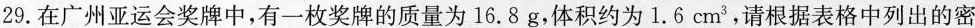
29.在广州亚运会奖牌中，有一枚奖牌的质量为16.8g，体积约为1.6cm3，请根据表格中列出的密